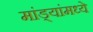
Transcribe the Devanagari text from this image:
मांड्यांमध्ये